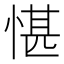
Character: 愖